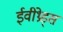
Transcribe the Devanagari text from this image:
ईवीथ्रेड्स